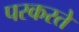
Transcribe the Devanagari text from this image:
परकरते